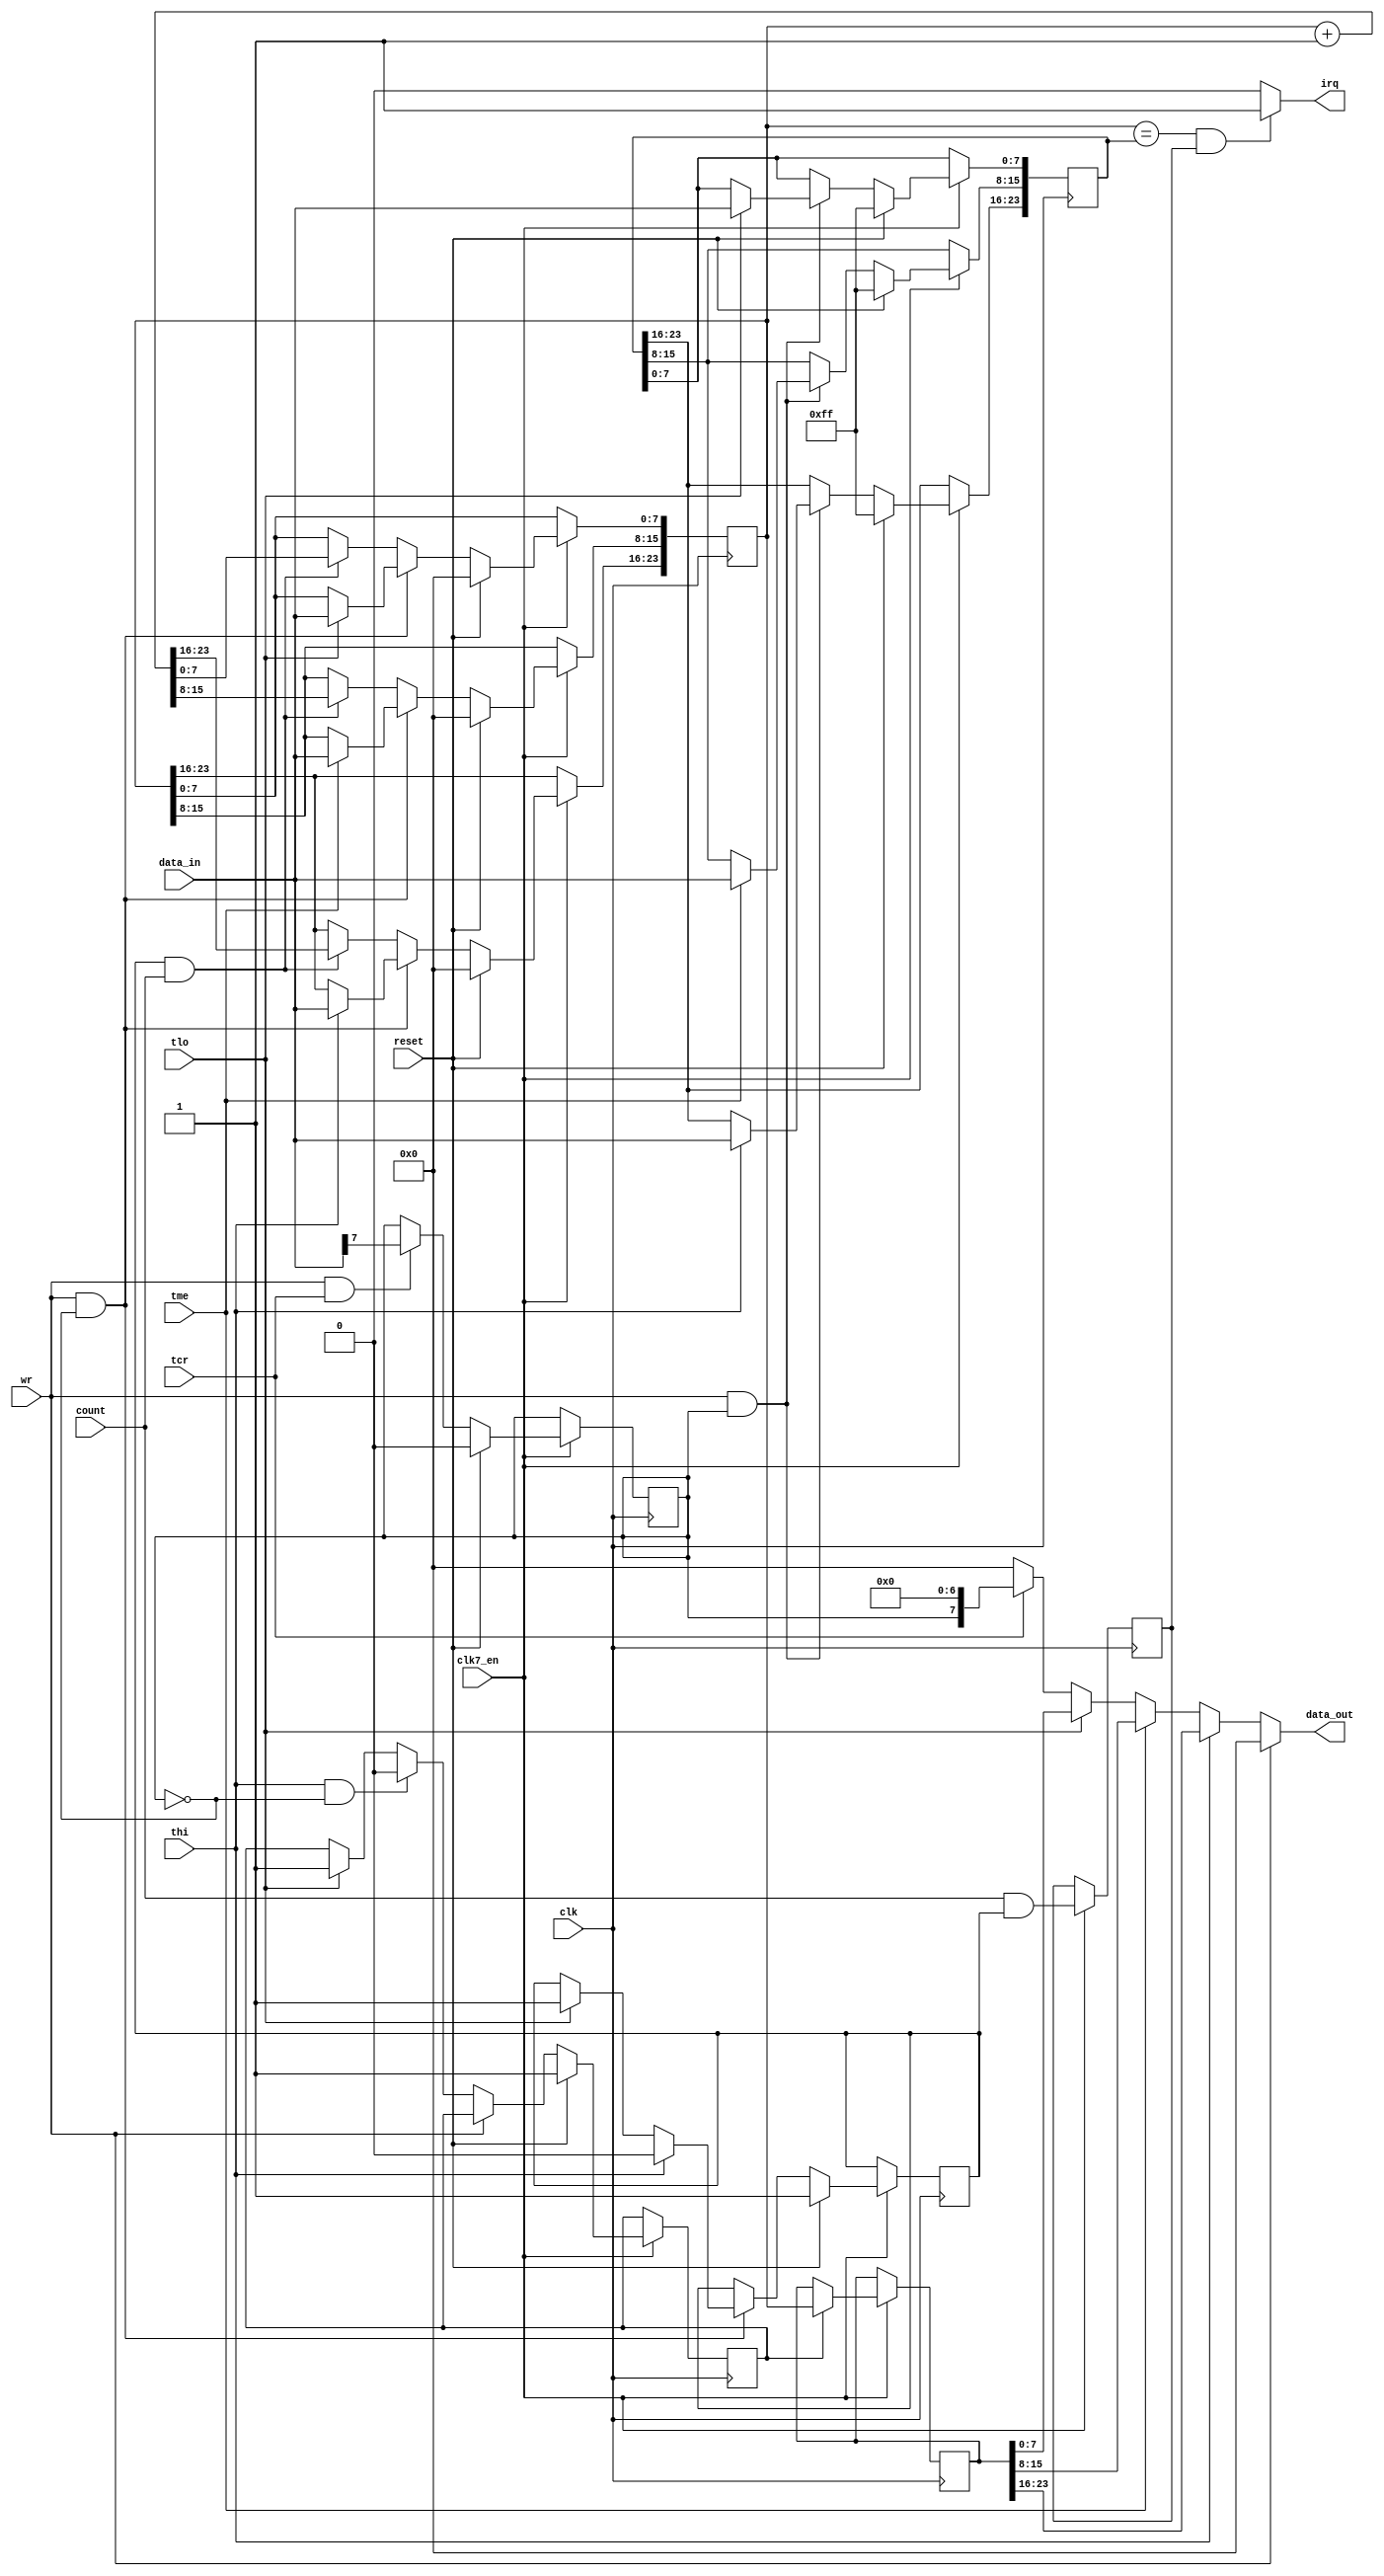
module cia_timerd
(
  input   clk,            // clock
  input clk7_en,
  input  wr,            // write enable
  input   reset,           // reset
  input   tlo,          // timer low byte select
  input   tme,          // timer mid byte select
  input  thi,           // timer high byte select
  input  tcr,          // timer control register
  input   [7:0] data_in,      // bus data in
  output   reg [7:0] data_out,    // bus data out
  input  count,            // count enable
  output  irq            // intterupt out
);

  reg    latch_ena;        // timer d output latch enable
  reg   count_ena;        // timer d count enable
  reg    crb7;          // bit 7 of control register B
  reg    [23:0] tod;        // timer d
  reg    [23:0] alarm;      // alarm
  reg    [23:0] tod_latch;    // timer d latch
  reg    count_del;        // delayed count signal for interrupt requesting

// timer D output latch control
always @(posedge clk)
  if (clk7_en) begin
    if (reset)
      latch_ena <= 1'd1;
    else if (!wr)
    begin
      if (thi && !crb7) // if MSB read and ALARM is not selected, hold data for subsequent reads
        latch_ena <= 1'd0;
      else if (tlo) // if LSB read, update data every clock
        latch_ena <= 1'd1;
    end
  end

always @(posedge clk)
  if (clk7_en) begin
    if (latch_ena)
      tod_latch[23:0] <= tod[23:0];
  end

// timer D and crb7 read
always @(*)
  if (!wr)
  begin
    if (thi) // high byte of timer D
      data_out[7:0] = tod_latch[23:16];
    else if (tme) // medium byte of timer D (latched)
      data_out[7:0] = tod_latch[15:8];
    else if (tlo) // low byte of timer D (latched)
      data_out[7:0] = tod_latch[7:0];
    else if (tcr) // bit 7 of crb
      data_out[7:0] = {crb7,7'b000_0000};
    else
      data_out[7:0] = 8'd0;
  end
  else
    data_out[7:0] = 8'd0;

// timer D count enable control
always @(posedge clk)
  if (clk7_en) begin
    if (reset)
      count_ena <= 1'd1;
    else if (wr && !crb7) // crb7==0 enables writing to TOD counter
    begin
      if (thi/* || tme*/) // stop counting
        count_ena <= 1'd0;
      else if (tlo) // write to LSB starts counting again
        count_ena <= 1'd1;
    end
  end

// timer D counter
always @(posedge clk)
  if (clk7_en) begin
    if (reset) // synchronous reset
    begin
      tod[23:0] <= 24'd0;
    end
    else if (wr && !crb7) // crb7==0 enables writing to TOD counter
    begin
      if (tlo)
        tod[7:0] <= data_in[7:0];
      if (tme)
        tod[15:8] <= data_in[7:0];
      if (thi)
        tod[23:16] <= data_in[7:0];
    end
    else if (count_ena && count)
      tod[23:0] <= tod[23:0] + 24'd1;
  end

// alarm write
always @(posedge clk)
  if (clk7_en) begin
    if (reset) // synchronous reset
    begin
      alarm[7:0] <= 8'b1111_1111;
      alarm[15:8] <= 8'b1111_1111;
      alarm[23:16] <= 8'b1111_1111;
    end
    else if (wr && crb7) // crb7==1 enables writing to ALARM
    begin
      if (tlo)
        alarm[7:0] <= data_in[7:0];
      if (tme)
        alarm[15:8] <= data_in[7:0];
      if (thi)
        alarm[23:16] <= data_in[7:0];
    end
  end

// crb7 write
always @(posedge clk)
  if (clk7_en) begin
    if (reset)
      crb7 <= 1'd0;
    else if (wr && tcr)
      crb7 <= data_in[7];
  end

// delayed count enable signal
always @(posedge clk)
  if (clk7_en) begin
    count_del <= count & count_ena;
  end

// alarm interrupt request
assign irq = (tod[23:0]==alarm[23:0] && count_del) ? 1'b1 : 1'b0;


endmodule